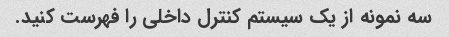
سه نمونه از یک سیستم کنترل داخلی را فهرست کنید.